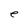
Character: e